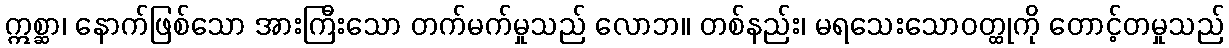
ဣစ္ဆာ၊ နောက်ဖြစ်သော အားကြီးသော တက်မက်မှုသည် လောဘ။ တစ်နည်း၊ မရသေးသောဝတ္ထုကို တောင့်တမှုသည်